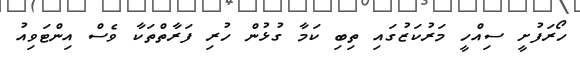
ހޯރަފުށީ ސިއްހީ މަރުކަޒުގައި ތިބި ކަމާ ގުޅުން ހުރި ފަރާތްތަކާ ވެސް އިންޓަވިއު